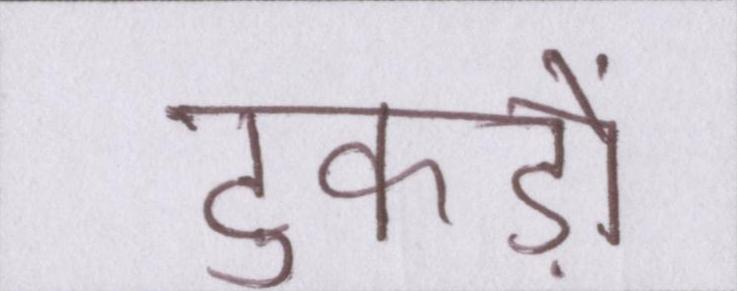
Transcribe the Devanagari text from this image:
टुकड़ों